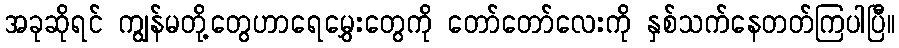
အခုဆိုရင် ကျွန်မတို့တွေဟာရေမွှေးတွေကို တော်တော်လေးကို နှစ်သက်နေတတ်ကြပါပြီ။